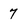
Character: 7